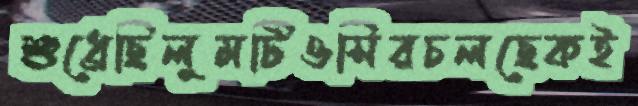
শুধ্‌রেছিলুমটিওসিরচলছেকই